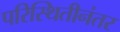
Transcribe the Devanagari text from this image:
परिस्थितीनंतर